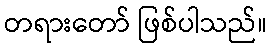
တရားတော် ဖြစ်ပါသည်။